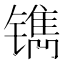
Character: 𰾹